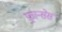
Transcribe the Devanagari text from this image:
फ़्रान्सेस